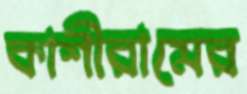
কাশীরামের